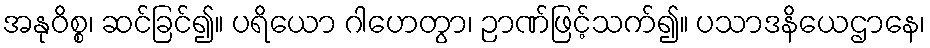
အနုဝိစ္စ၊ ဆင်ခြင်၍။ ပရိယော ဂါဟေတွာ၊ ဉာဏ်ဖြင့်သက်၍။ ပသာဒနိယေဌာနေ၊